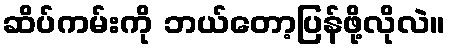
ဆိပ်ကမ်းကို ဘယ်တော့ပြန်ဖို့လိုလဲ။